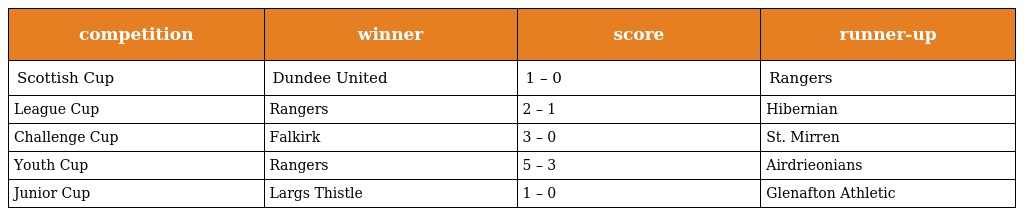
| competition | winner | score | runner-up |
 | --- | --- | --- | --- |
 | Scottish Cup | Dundee United | 1 – 0 | Rangers |
 | League Cup | Rangers | 2 – 1 | Hibernian |
 | Challenge Cup | Falkirk | 3 – 0 | St. Mirren |
 | Youth Cup | Rangers | 5 – 3 | Airdrieonians |
 | Junior Cup | Largs Thistle | 1 – 0 | Glenafton Athletic |